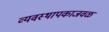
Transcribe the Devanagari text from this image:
व्यवस्थापकाजवळ